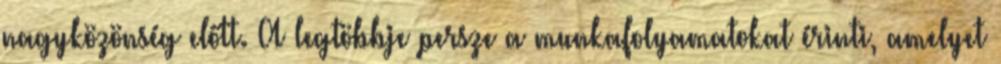
nagyközönség előtt. A legtöbbje persze a munkafolyamatokat érinti, amelyet